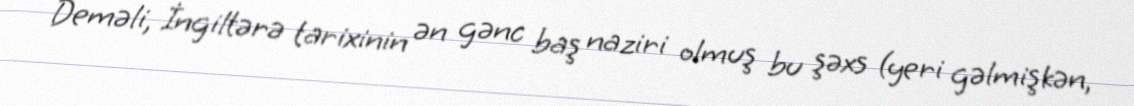
Deməli, İngiltərə tarixinin ən gənc baş naziri olmuş bu şəxs (yeri gəlmişkən,